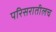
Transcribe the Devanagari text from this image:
परिसरातीलच